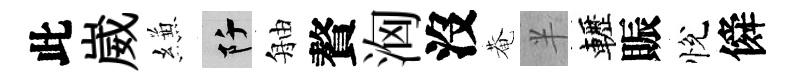
此崴縑阡舳贅洶沒菴半轣賑悅僢